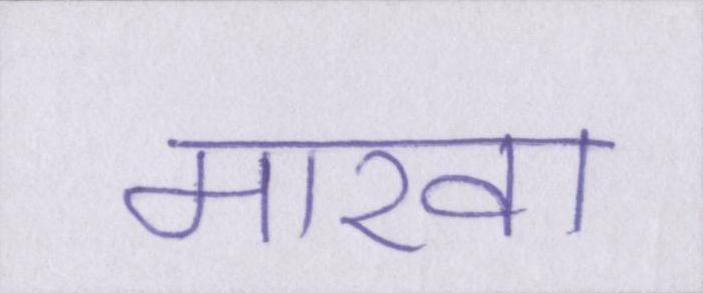
मारवा